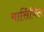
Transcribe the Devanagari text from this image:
मार्सियिल